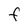
Character: F